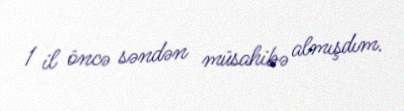
1 il öncə səndən müsahibə almışdım.